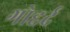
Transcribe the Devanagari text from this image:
गोद्दर्द